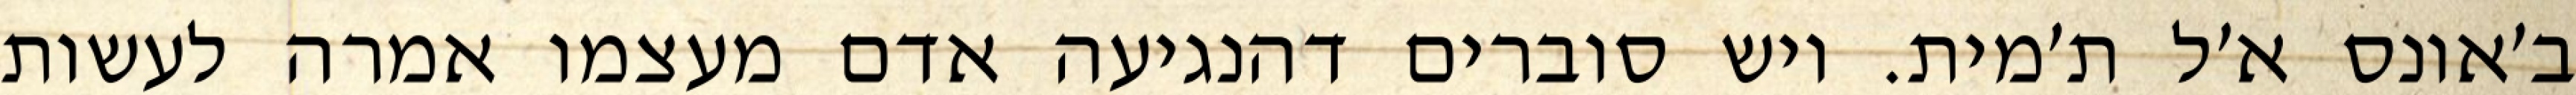
ב׳אונס א׳ל ת׳מית. ויש סוברים דהנגיעה אדם מעצמו אמרה לעשות